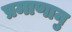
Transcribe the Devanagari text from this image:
प्रमाणानु